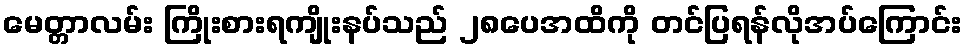
မေတ္တာလမ်း ကြိုးစားရကျိုးနပ်သည် ၂၈ပေအထိကို တင်ပြရန်လိုအပ်ကြောင်း